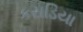
કરાડિયા